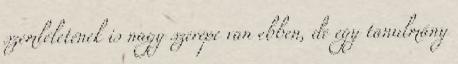
szemléletének is nagy szerepe van ebben, de egy tanulmány